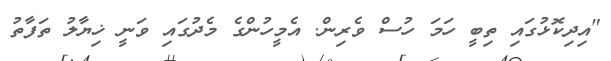
"އިދިކޮޅުގައި ތިބީ ހަމަ ހުސް ވެރިން. އެމީހުންގެ މެދުގައި ވަނީ ޚިޔާލު ތަފާތު